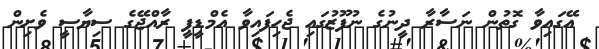
އޭގައިވާ ގޮތުން ނަސާރާ ދީނުގެ ނުފޫޒުގައި ޖެހިފައިވާ އެމްޑީޕީ ރާއްޖޭގެ ސިޔާސީ ވެށިން